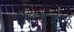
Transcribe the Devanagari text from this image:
शहराजवळू